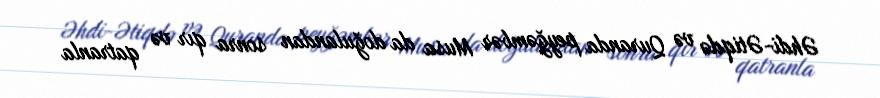
Əhdi-Ətiqdə və Quranda peyğəmbər Musa da doğulandan sonra qır və qatranla